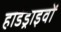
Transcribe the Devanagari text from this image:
हार्डड्राइवों